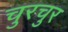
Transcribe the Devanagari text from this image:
चुरचुर